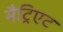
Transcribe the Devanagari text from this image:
मैट्रिएट